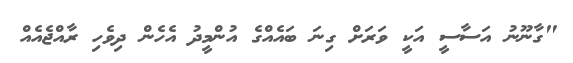
"ގާނޫނު އަސާސީ އަކީ ވަރަށް ގިނަ ބައެއްގެ އުންމީދު އެހެން ދިވެހި ރާއްޖެއެއް